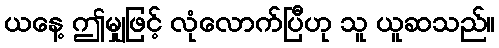
ယနေ့ ဤမျှဖြင့် လုံလောက်ပြီဟု သူ ယူဆသည်။